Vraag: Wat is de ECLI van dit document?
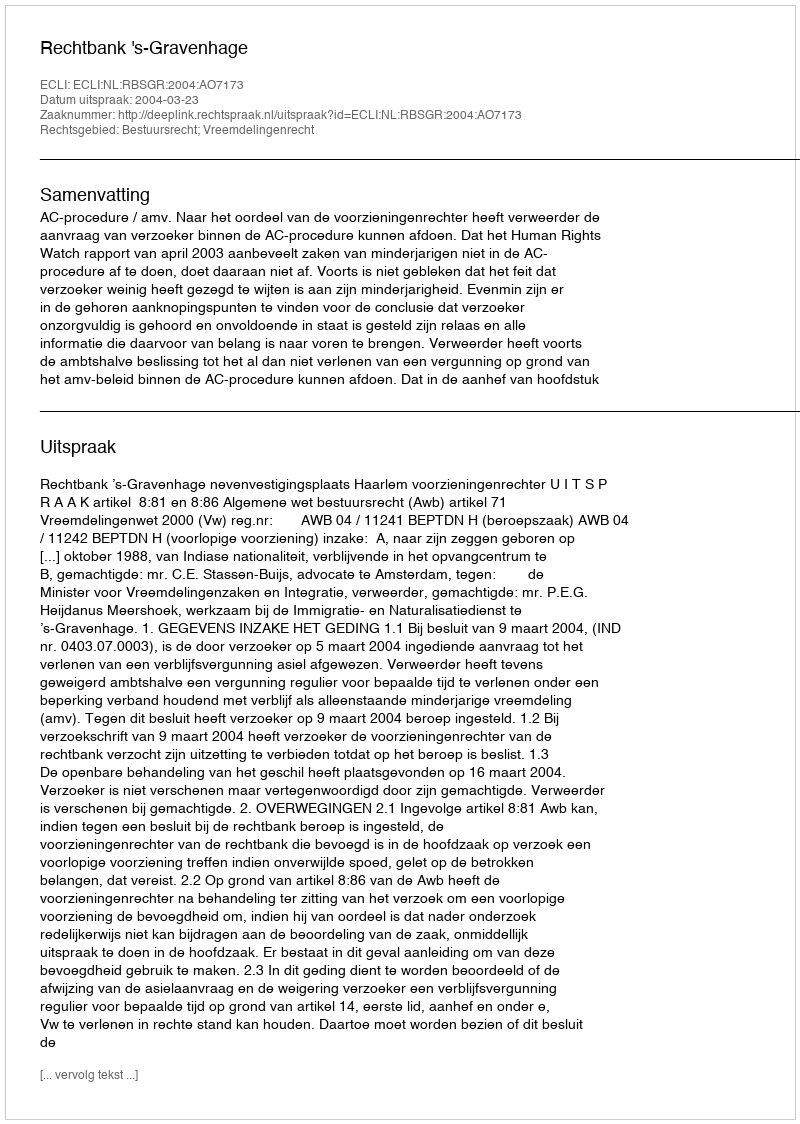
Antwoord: ECLI:NL:RBSGR:2004:AO7173